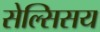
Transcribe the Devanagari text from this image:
सेल्सिसय